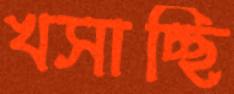
খসাচ্ছি